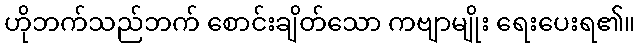
ဟိုဘက်သည်ဘက် စောင်းချိတ်သော ကဗျာမျိုး ရေးပေးရ၏။